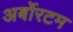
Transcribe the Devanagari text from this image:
अर्बोरटम